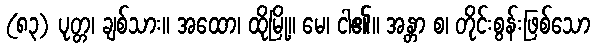
(၈၃) ပုတ္တ၊ ချစ်သား။ အထော၊ ထိုမြို့။ မေ၊ ငါ၏။ အန္တာ စ၊ တိုင်းစွန်းဖြစ်သော